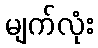
မျက်လုံး